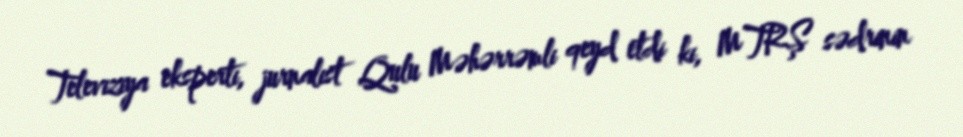
Televiziya eksperti, jurnalist Qulu Məhərrəmli qeyd etdi ki, MTRŞ sədrinin